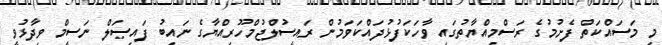
މި މަސައްކަތް ފެށުމުގެ ރަސްމިއްޔާތުގައި ވާހަކަފުޅުދައްކަވަމުން ރައީސުލްޖުމްހޫރިއްޔާގެ ނައިބު ފައިޞަލް ނަސީމް ވިދާޅުވީ